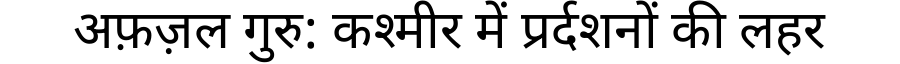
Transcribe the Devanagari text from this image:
अफ़ज़ल गुरु: कश्मीर में प्रर्दशनों की लहर